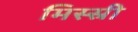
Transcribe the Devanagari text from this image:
मिस्स्री